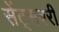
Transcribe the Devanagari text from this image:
सेंट्सबरी